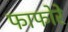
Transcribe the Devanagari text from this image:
फाफोरे